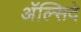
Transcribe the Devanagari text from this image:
अॅल्सिदे